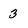
Character: 3